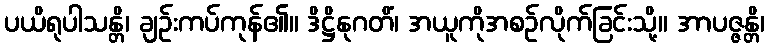
ပယိရုပါသန္တိ၊ ချဉ်းကပ်ကုန်၏။ ဒိဋ္ဌိနုဂတိံ၊ အယူကိုအစဉ်လိုက်ခြင်းသို့။ အာပဇ္ဇန္တိ၊